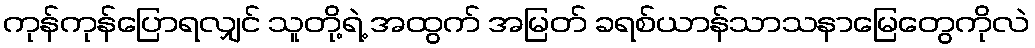
ကုန်ကုန်ပြောရလျှင် သူတို့ရဲ့ အထွက် အမြတ် ခရစ်ယာန်သာသနာမြေတွေကိုလဲ